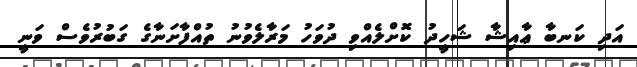
އަދި ކަނބާ ޢާއިޝާ ޝަހީދު ކޮށްލެއްވި ދުވަހު މަރާލެވުނު ތުއްފާށަނާގެ ގަބުރުވެސް ވަނީ